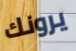
يرونك